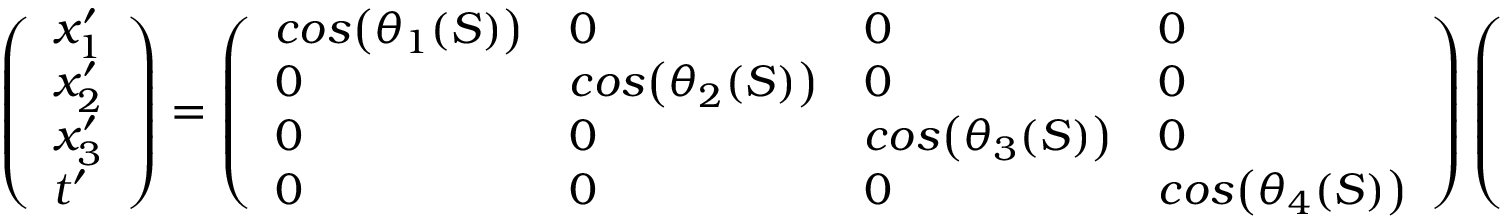
\begin{array} { r } { \left( \begin{array} { l } { x _ { 1 } ^ { \prime } } \\ { x _ { 2 } ^ { \prime } } \\ { x _ { 3 } ^ { \prime } } \\ { t ^ { \prime } } \end{array} \right) = \left( \begin{array} { l l l l } { c o s \big ( \theta _ { 1 } ( S ) \big ) } & { 0 } & { 0 } & { 0 } \\ { 0 } & { c o s \big ( \theta _ { 2 } ( S ) \big ) } & { 0 } & { 0 } \\ { 0 } & { 0 } & { c o s \big ( \theta _ { 3 } ( S ) \big ) } & { 0 } \\ { 0 } & { 0 } & { 0 } & { c o s \big ( \theta _ { 4 } ( S ) \big ) } \end{array} \right) \left( \begin{array} { l } { x _ { 1 } } \\ { x _ { 2 } } \\ { x _ { 3 } } \\ { t } \end{array} \right) + \left( \begin{array} { l } { s i n \big ( \theta _ { 1 } ( S ) \big ) } \\ { s i n \big ( \theta _ { 2 } ( S ) \big ) } \\ { s i n \big ( \theta _ { 3 } ( S ) \big ) } \\ { s i n \big ( \theta _ { 4 } ( S ) \big ) } \end{array} \right) , } \end{array}